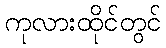
ကုလားထိုင်တွင်